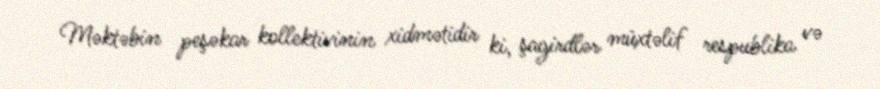
Məktəbin peşəkar kollektivinin xidmətidir ki, şagirdlər müxtəlif respublika və